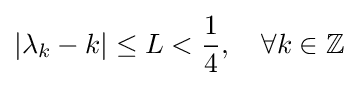
|\lambda _{k}-k|\leq L<{\frac {1}{4}},\quad \forall k\in \mathbb {Z}